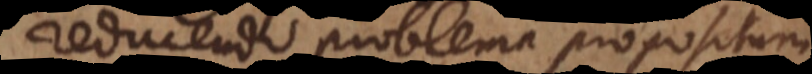
reducendo problema propositum